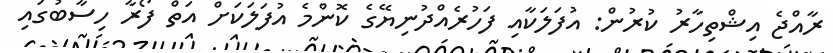
ރާއްޖެ އިޝްތިހާރު ކުރުން: އުފަލަކާއި ފަހުރެއްދުނިޔޭގެ ކޮންމެ އުފަލަކަށް އަތް ފޯރާ ހިސާބުގައި